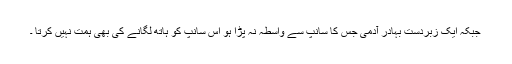
جبکہ ایک زبردست بہادر آدمی جس کا سانپ سے واسطہ نہ پڑا ہو اس سانپ کو ہاتھ لگانے کی بھی ہمت نہیں کرتا ۔